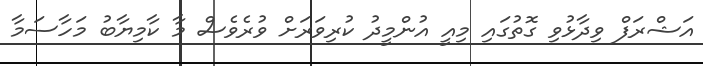
އަޝްރަފް ވިދާޅުވި ގޮތުގައި މިއީ އުންމީދު ކުރިވަރަށް ވުރެވެސް މާ ކާމިޔާބު މަހާސަމާ